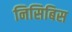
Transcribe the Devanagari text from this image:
निसिबिस